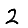
Digit: 2